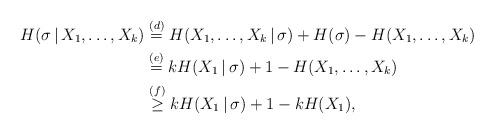
LaTeX: \begin{align*}H(\sigma\,|\,X_1,\dots,X_k) &\stackrel{(d)}{=} H(X_1,\dots,X_k\,|\,\sigma) + H(\sigma) - H(X_1,\dots,X_k) \\&\stackrel{(e)}{=} kH(X_1\,|\,\sigma) + 1 - H(X_1,\dots,X_k) \\&\stackrel{(f)}{\ge} kH(X_1\,|\,\sigma) + 1 - kH(X_1),\end{align*}